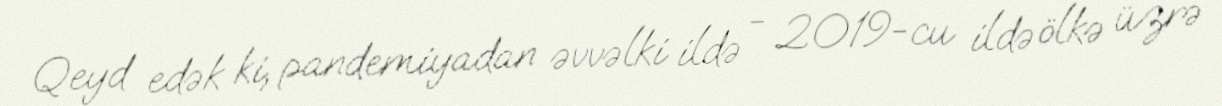
Qeyd edək ki, pandemiyadan əvvəlki ildə - 2019-cu ildə ölkə üzrə